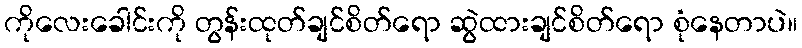
ကိုလေးခေါင်းကို တွန်းထုတ်ချင်စိတ်ရော ဆွဲထားချင်စိတ်ရော စုံနေတာပဲ။